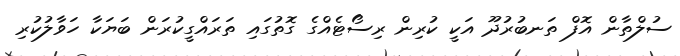
ސުލްތާން އޮފް ތަނބުރުދޫ އަކީ ކުރިން ރިސޯޓެއްގެ ގޮތުގައި ތަރައްގީކުރަން ބަޔަކާ ހަވާލުކުރި